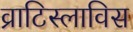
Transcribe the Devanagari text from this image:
व्राटिस्लाविस